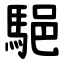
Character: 䣖